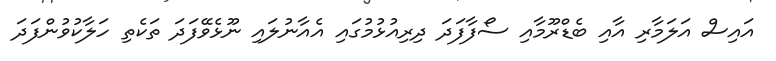
އައިސް އަލަމާރި އާއި ބެޑްރޫމާއި ސޯފާފަދަ ދިރިއުޅުމުގައި އެއާނުލައި ނޫޅެވޭފަދަ ތަކެތި ހަލާކުވުންފަދަ